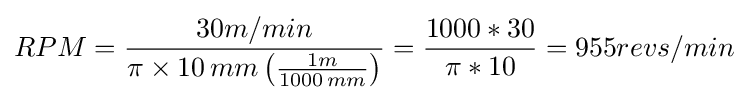
RPM={30m/min \over \pi \times 10\,mm\left({\frac {1m}{1000\,mm}}\right)}={1000*30 \over \pi *10}=955revs/min